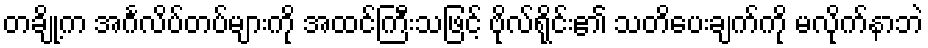
တချို့က အင်္ဂလိပ်တပ်များကို အထင်ကြီးသဖြင့် ဗိုလ်ရိုင်း၏ သတိပေးချက်ကို မလိုက်နာဘဲ